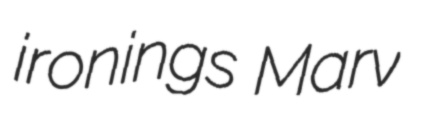
ironings Marv